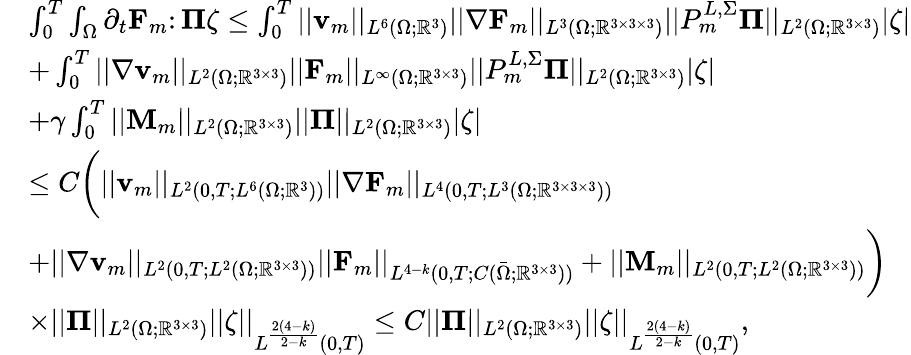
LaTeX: \begin{array}{rl}&{\int_{0}^{T}\int_{\Omega}\partial_{t}\mathbf{F}_{m}\colon\boldsymbol{\Pi}\zeta\leq\int_{0}^{T}||\mathbf{v}_{m}||_{L^{6}(\Omega;\mathbb{R}^{3})}||\nabla\mathbf{F}_{m}||_{L^{3}(\Omega;\mathbb{R}^{3\times 3\times 3})}||P_{m}^{L,\Sigma}\boldsymbol{\Pi}||_{L^{2}(\Omega;\mathbb{R}^{3\times 3})}|\zeta|}\\ &{+\int_{0}^{T}||\nabla\mathbf{v}_{m}||_{L^{2}(\Omega;\mathbb{R}^{3\times 3})}||\mathbf{F}_{m}||_{L^{\infty}(\Omega;\mathbb{R}^{3\times 3})}||P_{m}^{L,\Sigma}\boldsymbol{\Pi}||_{L^{2}(\Omega;\mathbb{R}^{3\times 3})}|\zeta|}\\ &{+\gamma\int_{0}^{T}||\mathbf{M}_{m}||_{L^{2}(\Omega;\mathbb{R}^{3\times 3})}||\boldsymbol{\Pi}||_{L^{2}(\Omega;\mathbb{R}^{3\times 3})}|\zeta|}\\ &{\leq C\biggl(||\mathbf{v}_{m}||_{L^{2}(0,T;L^{6}(\Omega;\mathbb{R}^{3}))}||\nabla\mathbf{F}_{m}||_{L^{4}(0,T;L^{3}(\Omega;\mathbb{R}^{3\times 3\times 3}))}}\\ &{+||\nabla\mathbf{v}_{m}||_{L^{2}(0,T;L^{2}(\Omega;\mathbb{R}^{3\times 3}))}||\mathbf{F}_{m}||_{L^{4-k}(0,T;C(\bar{\Omega};\mathbb{R}^{3\times 3}))}+||\mathbf{M}_{m}||_{L^{2}(0,T;L^{2}(\Omega;\mathbb{R}^{3\times 3}))}\biggr)}\\ &{\times||\boldsymbol{\Pi}||_{L^{2}(\Omega;\mathbb{R}^{3\times 3})}||\zeta||_{L^{\frac{2(4-k)}{2-k}}(0,T)}\leq C||\boldsymbol{\Pi}||_{L^{2}(\Omega;\mathbb{R}^{3\times 3})}||\zeta||_{L^{\frac{2(4-k)}{2-k}}(0,T)},}\end{array}